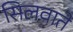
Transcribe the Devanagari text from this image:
सिलवाते